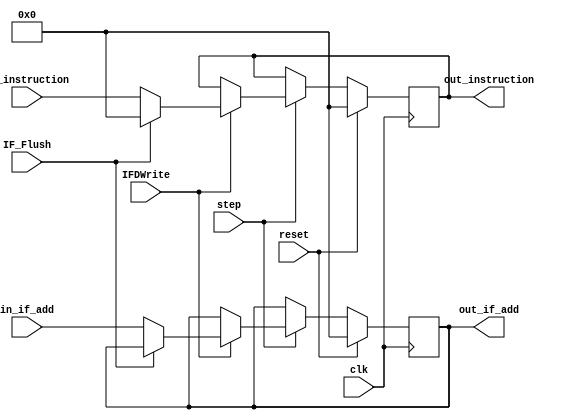
`timescale 1ns / 1ps

module IF_ID(
    //INPUTS
    input wire clk,
    input wire reset,                    
    input wire [31:0] in_if_add,
    input wire [31:0] in_instruction,
	input wire IFDWrite,
	input wire IF_Flush,
	input wire step,
    //OUTPUTS
    output reg [31:0] out_instruction,
    output reg [31:0] out_if_add
    );
    
    reg [31:0] instruction;
    reg [31:0] if_add;
    
    always@(posedge clk)
    begin
        if(reset)
            begin
                out_if_add <= 0;
                out_instruction <= 0;
            end
        else
            if(step) begin
                if(~IFDWrite) //Si no es noSTALL, si es STALL
                    begin
                        out_if_add <= out_if_add;
                        out_instruction <= out_instruction;
                    end
                else if(IF_Flush)
                    begin
                        out_if_add <= out_if_add;
                        out_instruction <= 0;
                    end
                else
                    begin
                        out_if_add <= in_if_add;
                        out_instruction <= in_instruction;
                    end  			
            end
    end    
    
endmodule